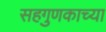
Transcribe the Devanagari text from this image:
सहगुणकाच्या